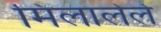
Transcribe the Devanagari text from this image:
मिलालेले